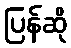
ပြန်ဆို